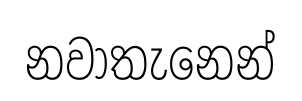
නවාතැනෙන්